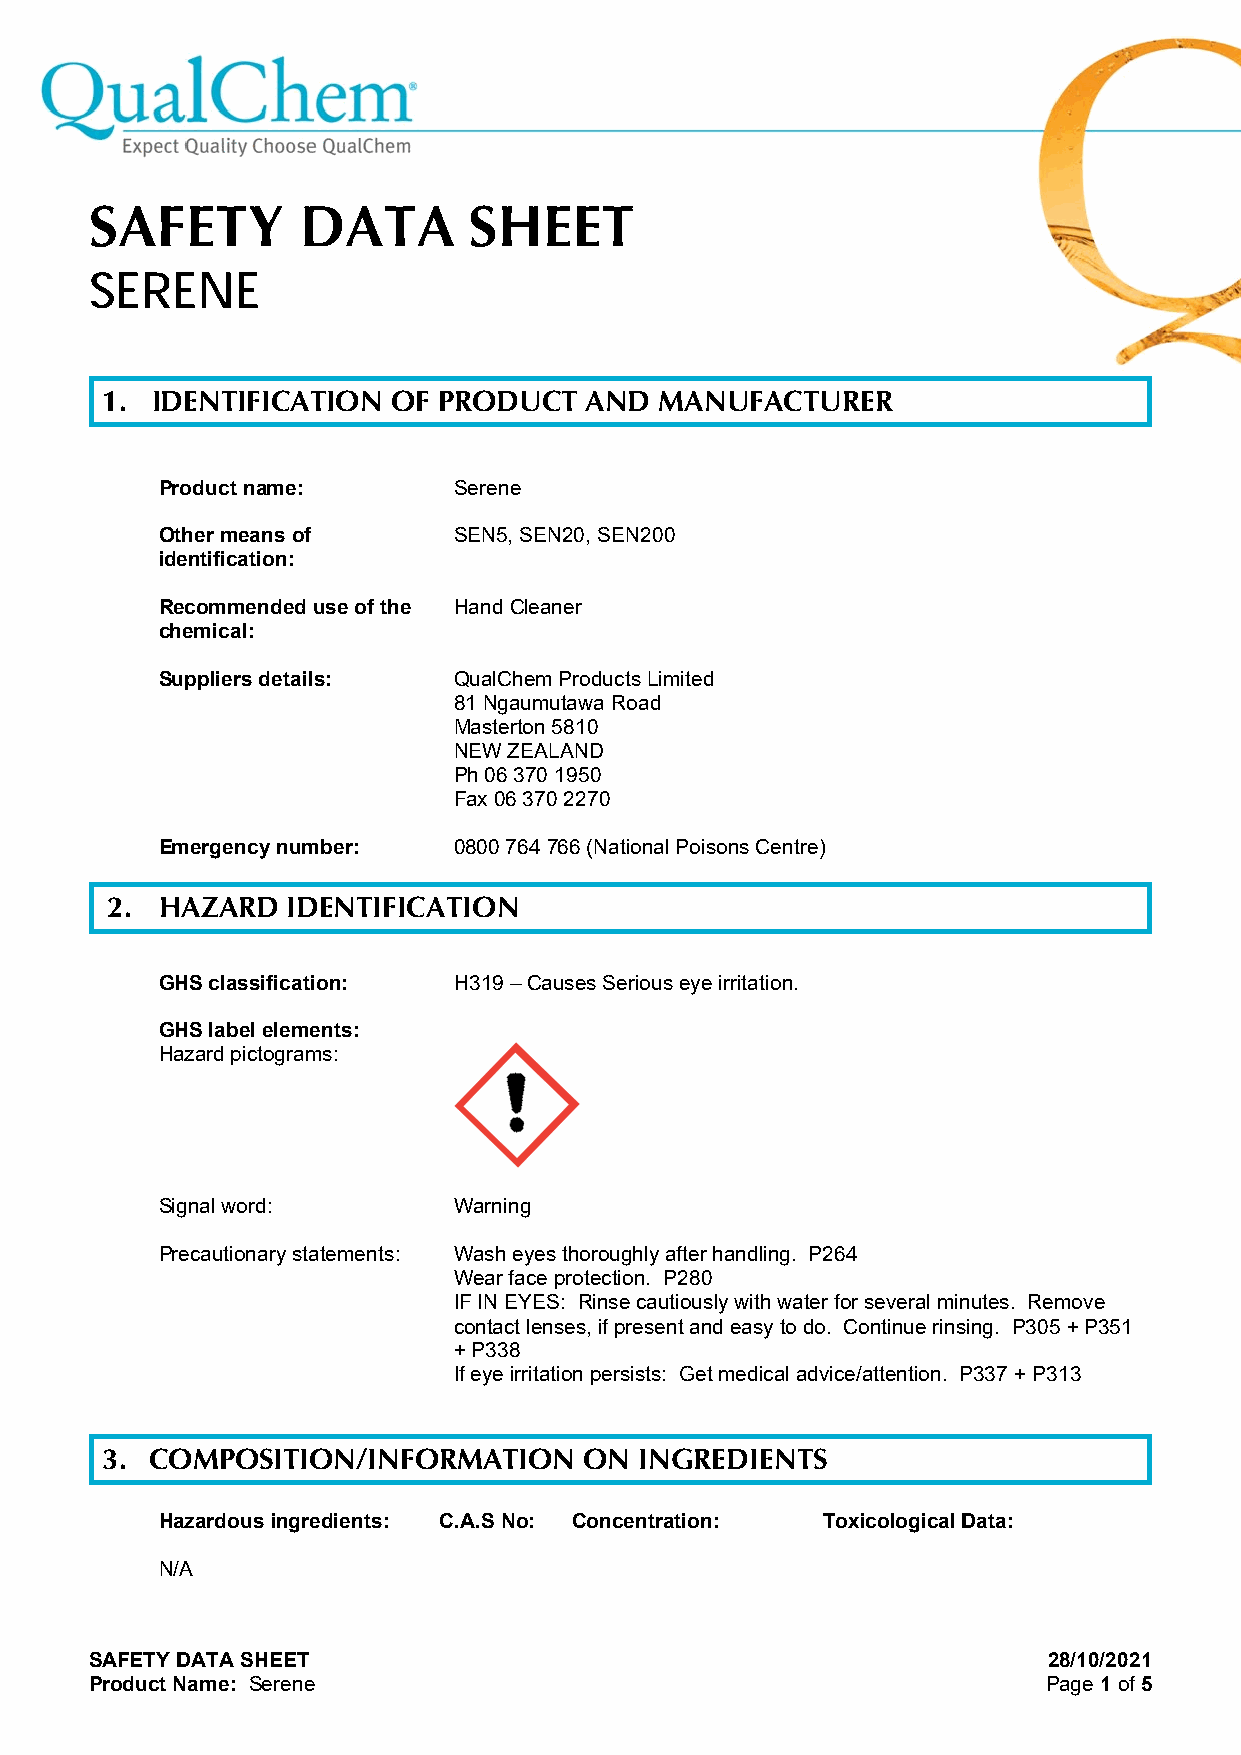
SAFETY        DATA       SHEET
 SERENE
 1. IDENTIFICATION  OF PRODUCT   AND  MANUFACTURER
 Product name:       Serene
 Other means of      SEN5, SEN20, SEN200
 identification:
 Recommended use of the Hand Cleaner
 chemical:
 Suppliers details:  QualChem Products Limited
 81 Ngaumutawa Road
 Masterton 5810
 NEW ZEALAND
 Ph 06 370 1950
 Fax 06 370 2270
 Emergency number:   0800 764 766 (National Poisons Centre)
 2.  HAZARD  IDENTIFICATION
 GHS classification: H319 – Causes Serious eye irritation.
 GHS label elements:
 Hazard pictograms:
 Signal word:        Warning
 Precautionary statements: Wash eyes thoroughly after handling. P264
 Wear face protection. P280
 IF IN EYES: Rinse cautiously with water for several minutes. Remove
 contact lenses, if present and easy to do. Continue rinsing. P305 + P351
 + P338
 If eye irritation persists: Get medical advice/attention. P337 + P313
 3. COMPOSITION/INFORMATION      ON INGREDIENTS
 Hazardous ingredients: C.A.S No: Concentration: Toxicological Data:
 N/A
 SAFETY DATA SHEET                                              28/10/2021
 Product Name: Serene                                           Page 1 of 5